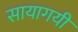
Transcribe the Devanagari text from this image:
सायागयी